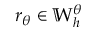
r _ { \theta } \in \mathbb { W } _ { h } ^ { \theta }